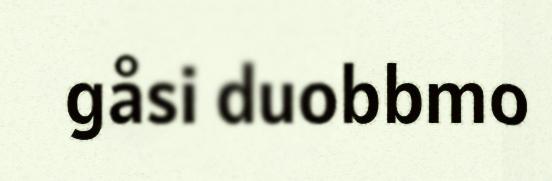
gåsi duobbmo